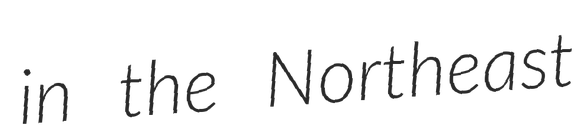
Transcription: in the Northeast